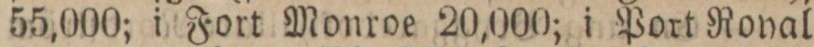
55,000; i Fort Monroe 20,000; i Port Royal